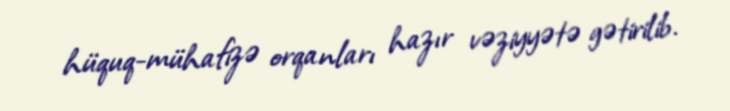
hüquq-mühafizə orqanları hazır vəziyyətə gətirilib.